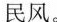
民风。